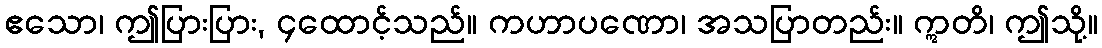
ဧသော၊ ဤပြားပြား, ၄ထောင့်သည်။ ကဟာပဏော၊ အသပြာတည်း။ ဣတိ၊ ဤသို့။